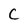
Character: c